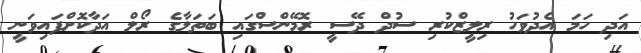
އަދި ހަމަ އެދުވަހު ރިލީޒްކުރި ސުދް ދޭސީ ރޮމޭންސްގައި ބަތަލާގެ ރޯލް އަދާކޮށްފައިވަނީ